Medical and sanitary report of the native army of Bengal for the year
Year: 1874
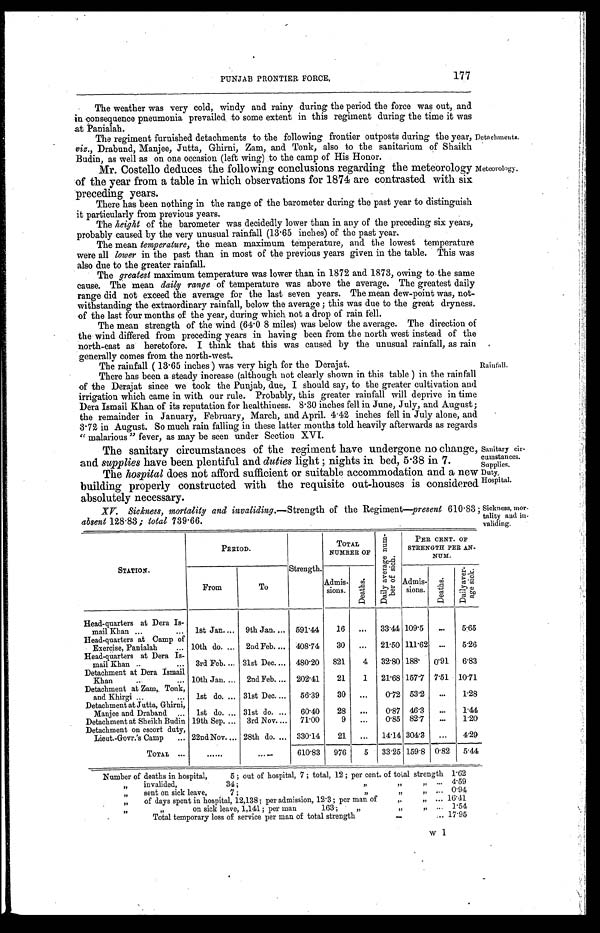
PUNJAB PRONTIER FORCE,
177
The weather was very cold, windy and rainy during the period the force was out, and
in consequence pneumonia prevailed to some extent in this regiment during the time it was
at Panialah.
The regiment furnished detachments to the following frontier outposts during the year,
viz., Drabund, Manjee, Jutta, Ghirni, Zam, and Tonk, also to the sanitarium of Shaikh
Budin, as well as on one occasion (left wing) to the camp of His Honor.
Mr. Costello deduces the following conclusions regarding the meteorology
of the year from a table in which observations for 1874 are contrasted with six
preceding years.
There has been nothing in the range of the barometer during the past year to distinguish
it particularly from previous years.
The height of the barometer was decidedly lower than in any of the preceding six years,
probably caused by the very unusual rainfall (13.65 inches) of the past year.
The mean temperature, the mean maximum temperature, and the lowest temperature
were all lower in the past than in most of the previous years given in the table. This was
also due to the greater rainfall.
The greatest maximum temperature was lower than in 1872 and 1873, owing to the same
cause. The mean daily range of temperature was above the average. The greatest daily
range did not exceed the average for the last seven years. The mean dew-point was, not-
withstanding the extraordinary rainfall, below the average ; this was due to the great dryness
of the last four months of the year, during which not a drop of rain fell.
The mean strength of the wind (6.408 miles) was below the average. The direction o
the wind differed from preceding years in having been from the north west instead of the
north-east as heretofore. I think that this was caused by the unusual rainfall, as rail
generally comes from the north-west.
The rainfall ( 13.65 inches ) was very high for the Derajat.
There has been a steady increase (although not clearly shown in this table ) in the rainfall
of the Derajat since we took the Punjab, clue, I should say, to the greater cultivation and
irrigation which came in with our rule. Probably, this greater rainfall will deprive in time
Dera Ismail Khan of its reputation for healthiness. 8.30 inches fell in June, July, and August
the remainder in January, February, March, and April. 4.42 inches fell in July alone, am
3.72 in August. So much rain falling in these latter months told heavily afterwards as regards
" malarious " fever, as may be seen under Section XVI.
The sanitary circumstances of the regiment have undergone no change
and supplies have been plentiful and duties light ; nights in bed, 5 . 38 in 7.
The hospital does not afford sufficient or suitable accommodation and a nev
building properly constructed with the requisite out-houses is considered
absolutely necessary.
IV. Sickness, mortality and invaliding.— Strength of the Regiment—present 610.83
absent 128.83; total 739.66.
Detachments.
Meteorology.
Rainfall.
, Sanitary cir-
cumstances.
Supplies.
Duty.
Hospital.
Sickness, mor-
- tality and in-
validing.
STATION.
PERIOD.
Strength.
TOTAL
NUMBER OF
D a i l y a v e r a g e n u m b e r o f s i c k .
PER CENT. OF
STRENGTH PER AN
NUM.
From
To
Admis
sions.
D e a t h s .
Admis
sions.
D e a t h s .
D a i l y a v e r a g e s i c k .
Head-quarters at Dera Is-
mail Khan ...
... 1st Jan.... 9th Jan. ... 591.44
16
...
33.44 109.5
. . .
5.65
Head-quarters at Camp of
Exercise, Panialah
... 10th do. ... 2nd Feb. ... 408.74
30
...
21.50 111.62 ...
5.26
Head-quarters at Dera Is-
mail Khan ..
... 3rd Feb. ... 31st Dec.... 480.20 821
4 32.80 188. 0.91 6.83
Detachment at Dera Ismail
Khan
..
... 10th Jan.... 2nd. Feb. ... 202.41
21
1 21.68 157.7 7.51 10.71
Detachment at Zam, Tonk,
and Khirgi ...
... 1st do. ... 31st Dec....
56.39
30
...
0.72 53.2
...
1.28
Detachment at Jutta, Ghirni,
Manjee and Draband ... 1st do. ... 31st do. ...
60.40
28
...
0.87 46.3
...
1.44
Detachment at Sheikh Budin 19th Sep. ... 3rd Nov.... 71.00
9
...
0.85 82.7
...
1.20
Detachment on escort duty,
Lieut.-Govr.'s Camp
... 22nd Nov. ... 28th do. ... 330.14
21
...
14.14 304.3
...
4.29
TOTAL ...
......
. . . . . .
610.83 976
5 33.25 159.8 0.82 5.44
Number of deaths in hospital,
5 ; out of hospital, 7 ; total, 12 ; per cent. of total strength 1.62
„
invalided,
34 ;
,,
, ,
, ,
. . .
4.59
„
sent on sick leave,
7 ;
„
„
„ ... 0.94
„
of days spent in hospital, 12,138; per admission, 12.3 ; per man of
,.
, , . . .
16.41
,,
,, on sick leave, 1,141; per man 163 ; „
, ,
, , . . .
1.54
Total temporary loss of service per man of total strength
. . .
... 17.95
w 1